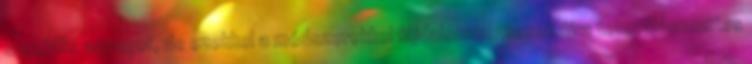
speciális anyagot, de ezekkel a módszerekkel fájdalommentesen újra tetoválásmentes